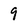
Character: 9